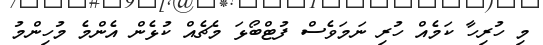
މި ހުރިހާ ކަމެއް ހުރި ނަމަވެސް ފުޓްބޯޅަ މެޗެއް ކުޅެން އެންމެ މުހިންމު